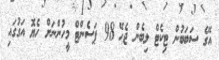
އޭގެ ސަބަބުން ޓިކެޓް ލިބެން ޖެހޭ 98 ޕަސެންޓް މީހުންނަށް ހެޔޮ އަގުގައި